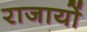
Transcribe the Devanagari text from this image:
राजायों